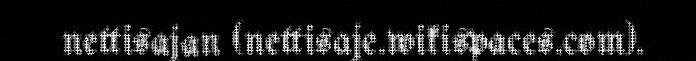
nettisajan (nettisaje.wikispaces.com).